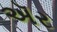
ઍર